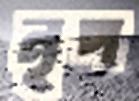
নৃপ